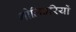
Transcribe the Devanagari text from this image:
गोलिबरियों